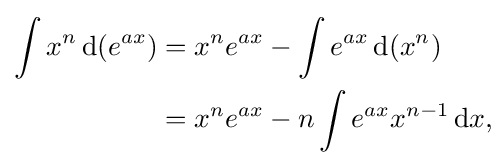
{\begin{aligned}\int x^{n}\,{\text{d}}(e^{ax})&=x^{n}e^{ax}-\int e^{ax}\,{\text{d}}(x^{n})\\&=x^{n}e^{ax}-n\int e^{ax}x^{n-1}\,{\text{d}}x,\end{aligned}}\!